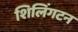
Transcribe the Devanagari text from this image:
शिलिंगटन